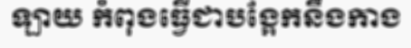
ឡាយ កំពុងធ្វើជាបង្អែកនឹងកាង